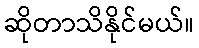
ဆိုတာသိနိုင်မယ်။